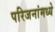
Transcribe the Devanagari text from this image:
परिजनांमध्ये